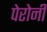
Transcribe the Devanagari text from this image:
पेरोनी